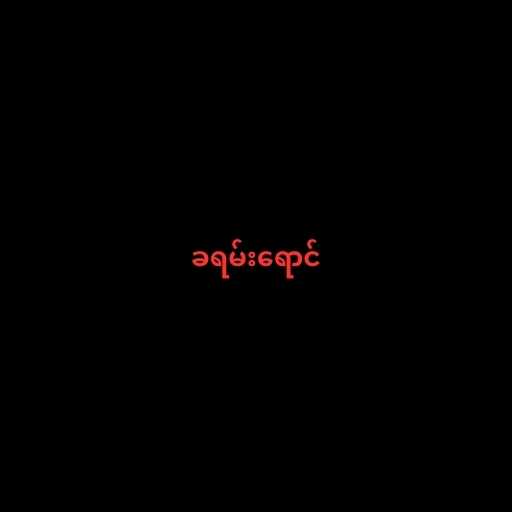
ခရမ်းရောင်